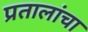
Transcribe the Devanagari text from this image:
प्रतालांचा